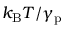
k _ { \mathrm { B } } T / \gamma _ { \mathrm { p } }